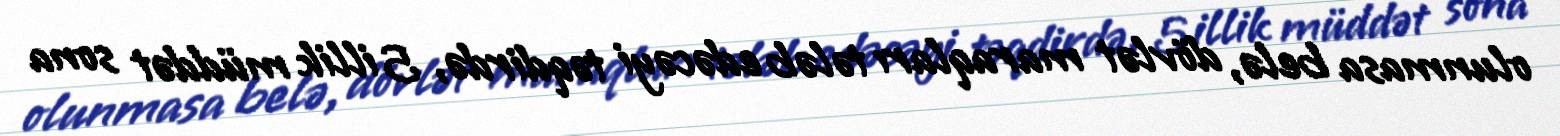
olunmasa belə, dövlət maraqları tələb edəcəyi təqdirdə, 5 illik müddət sona